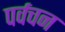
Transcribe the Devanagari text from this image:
पर्वचन